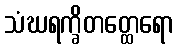
သံဃရက္ခိတတ္ထေရော